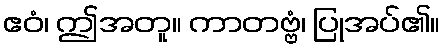
ဧဝံ၊ ဤအတူ။ ကာတဗ္ဗံ၊ ပြုအပ်၏။